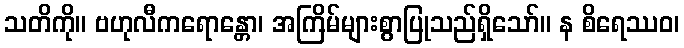
သတိကို။ ဗဟုလီကရောန္တော၊ အကြိမ်များစွာပြုသည်ရှိသော်။ န စိရေဿဝ၊